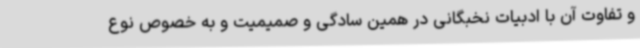
و تفاوت آن با ادبیات نخبگانی در همین سادگی و صمیمیت و به خصوص نوع